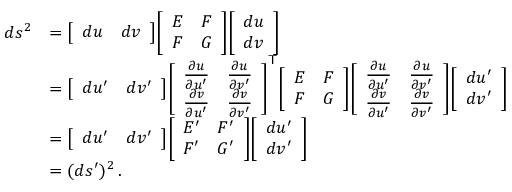
{ \begin{array} { r l } { d s ^ { 2 } } & { = { \left[ \begin{array} { l l } { d u } & { d v } \end{array} \right] } { \left[ \begin{array} { l l } { E } & { F } \\ { F } & { G } \end{array} \right] } { \left[ \begin{array} { l } { d u } \\ { d v } \end{array} \right] } } \\ & { = { \left[ \begin{array} { l l } { d u ^ { \prime } } & { d v ^ { \prime } } \end{array} \right] } { \left[ \begin{array} { l l } { { \frac { \partial u } { \partial u ^ { \prime } } } } & { { \frac { \partial u } { \partial v ^ { \prime } } } } \\ { { \frac { \partial v } { \partial u ^ { \prime } } } } & { { \frac { \partial v } { \partial v ^ { \prime } } } } \end{array} \right] } ^ { \mathsf { T } } { \left[ \begin{array} { l l } { E } & { F } \\ { F } & { G } \end{array} \right] } { \left[ \begin{array} { l l } { { \frac { \partial u } { \partial u ^ { \prime } } } } & { { \frac { \partial u } { \partial v ^ { \prime } } } } \\ { { \frac { \partial v } { \partial u ^ { \prime } } } } & { { \frac { \partial v } { \partial v ^ { \prime } } } } \end{array} \right] } { \left[ \begin{array} { l } { d u ^ { \prime } } \\ { d v ^ { \prime } } \end{array} \right] } } \\ & { = { \left[ \begin{array} { l l } { d u ^ { \prime } } & { d v ^ { \prime } } \end{array} \right] } { \left[ \begin{array} { l l } { E ^ { \prime } } & { F ^ { \prime } } \\ { F ^ { \prime } } & { G ^ { \prime } } \end{array} \right] } { \left[ \begin{array} { l } { d u ^ { \prime } } \\ { d v ^ { \prime } } \end{array} \right] } } \\ & { = ( d s ^ { \prime } ) ^ { 2 } \, . } \end{array} }